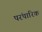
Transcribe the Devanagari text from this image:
परंपारिक